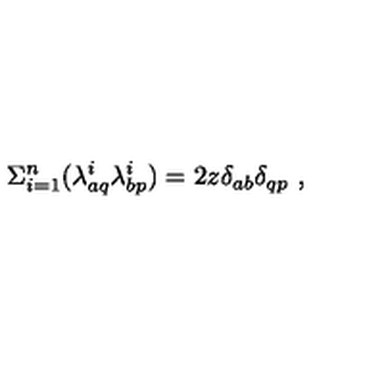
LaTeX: \Sigma _ { i = 1 } ^ { n } ( \lambda _ { a q } ^ { i } \lambda _ { b p } ^ { i } ) = 2 z \delta _ { a b } \delta _ { q p } \ ,